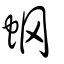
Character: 蛧